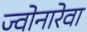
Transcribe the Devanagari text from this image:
ज्वोनारेवा